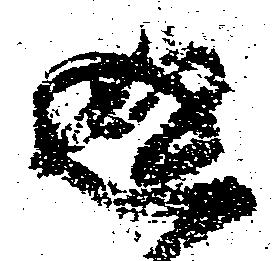
返